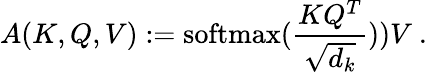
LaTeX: A(K,Q,V):=\mathrm{softmax}(\frac{KQ^{T}}{\sqrt{d_{k}}}))V~.